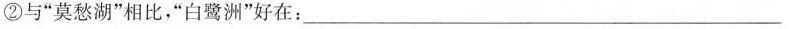
②与”莫愁湖”相比，”白鹭洲”好在：_____